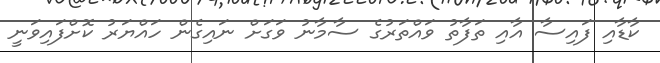
ކާޑާއި ފައިސާ އާއި ތަފާތު ވައްތަރުގެ ސާމާނު ވަގަށް ނައިގެން ހައްޔަރު ކޮށްފައިވަނީ